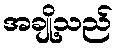
အချို့သည်